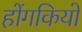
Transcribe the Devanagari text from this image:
होंगकियो